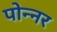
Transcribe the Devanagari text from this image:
पोन्नर